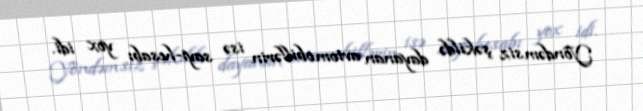
Yöndəmsiz şəkildə dayanan avtomobillərin isə sayı-hesabı yox idi.